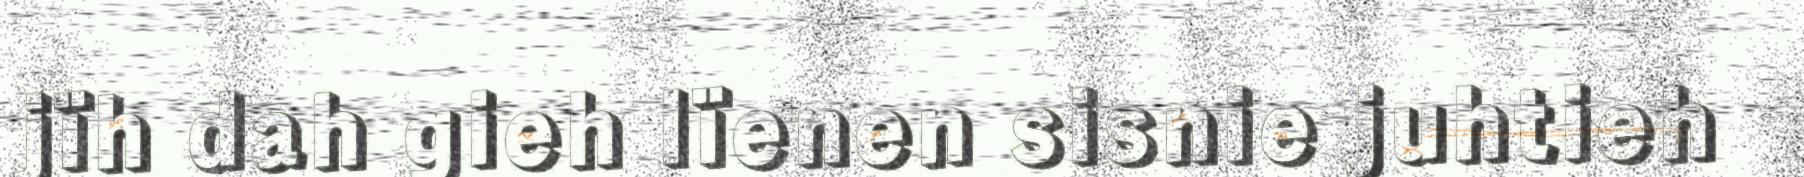
jïh dah gieh lïenen sisnie juhtieh